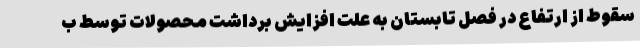
سقوط از ارتفاع در فصل تابستان به علت افزایش برداشت محصولات توسط ب